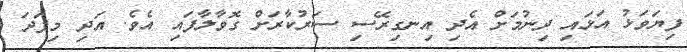
ފިޔަވަޅު އަޅައި ދިނުމަށް އެދި އިނގިރޭސި ސަރުކާރަށް ގޮވާލާފައި އެވެ. އަދި މިފަދަ